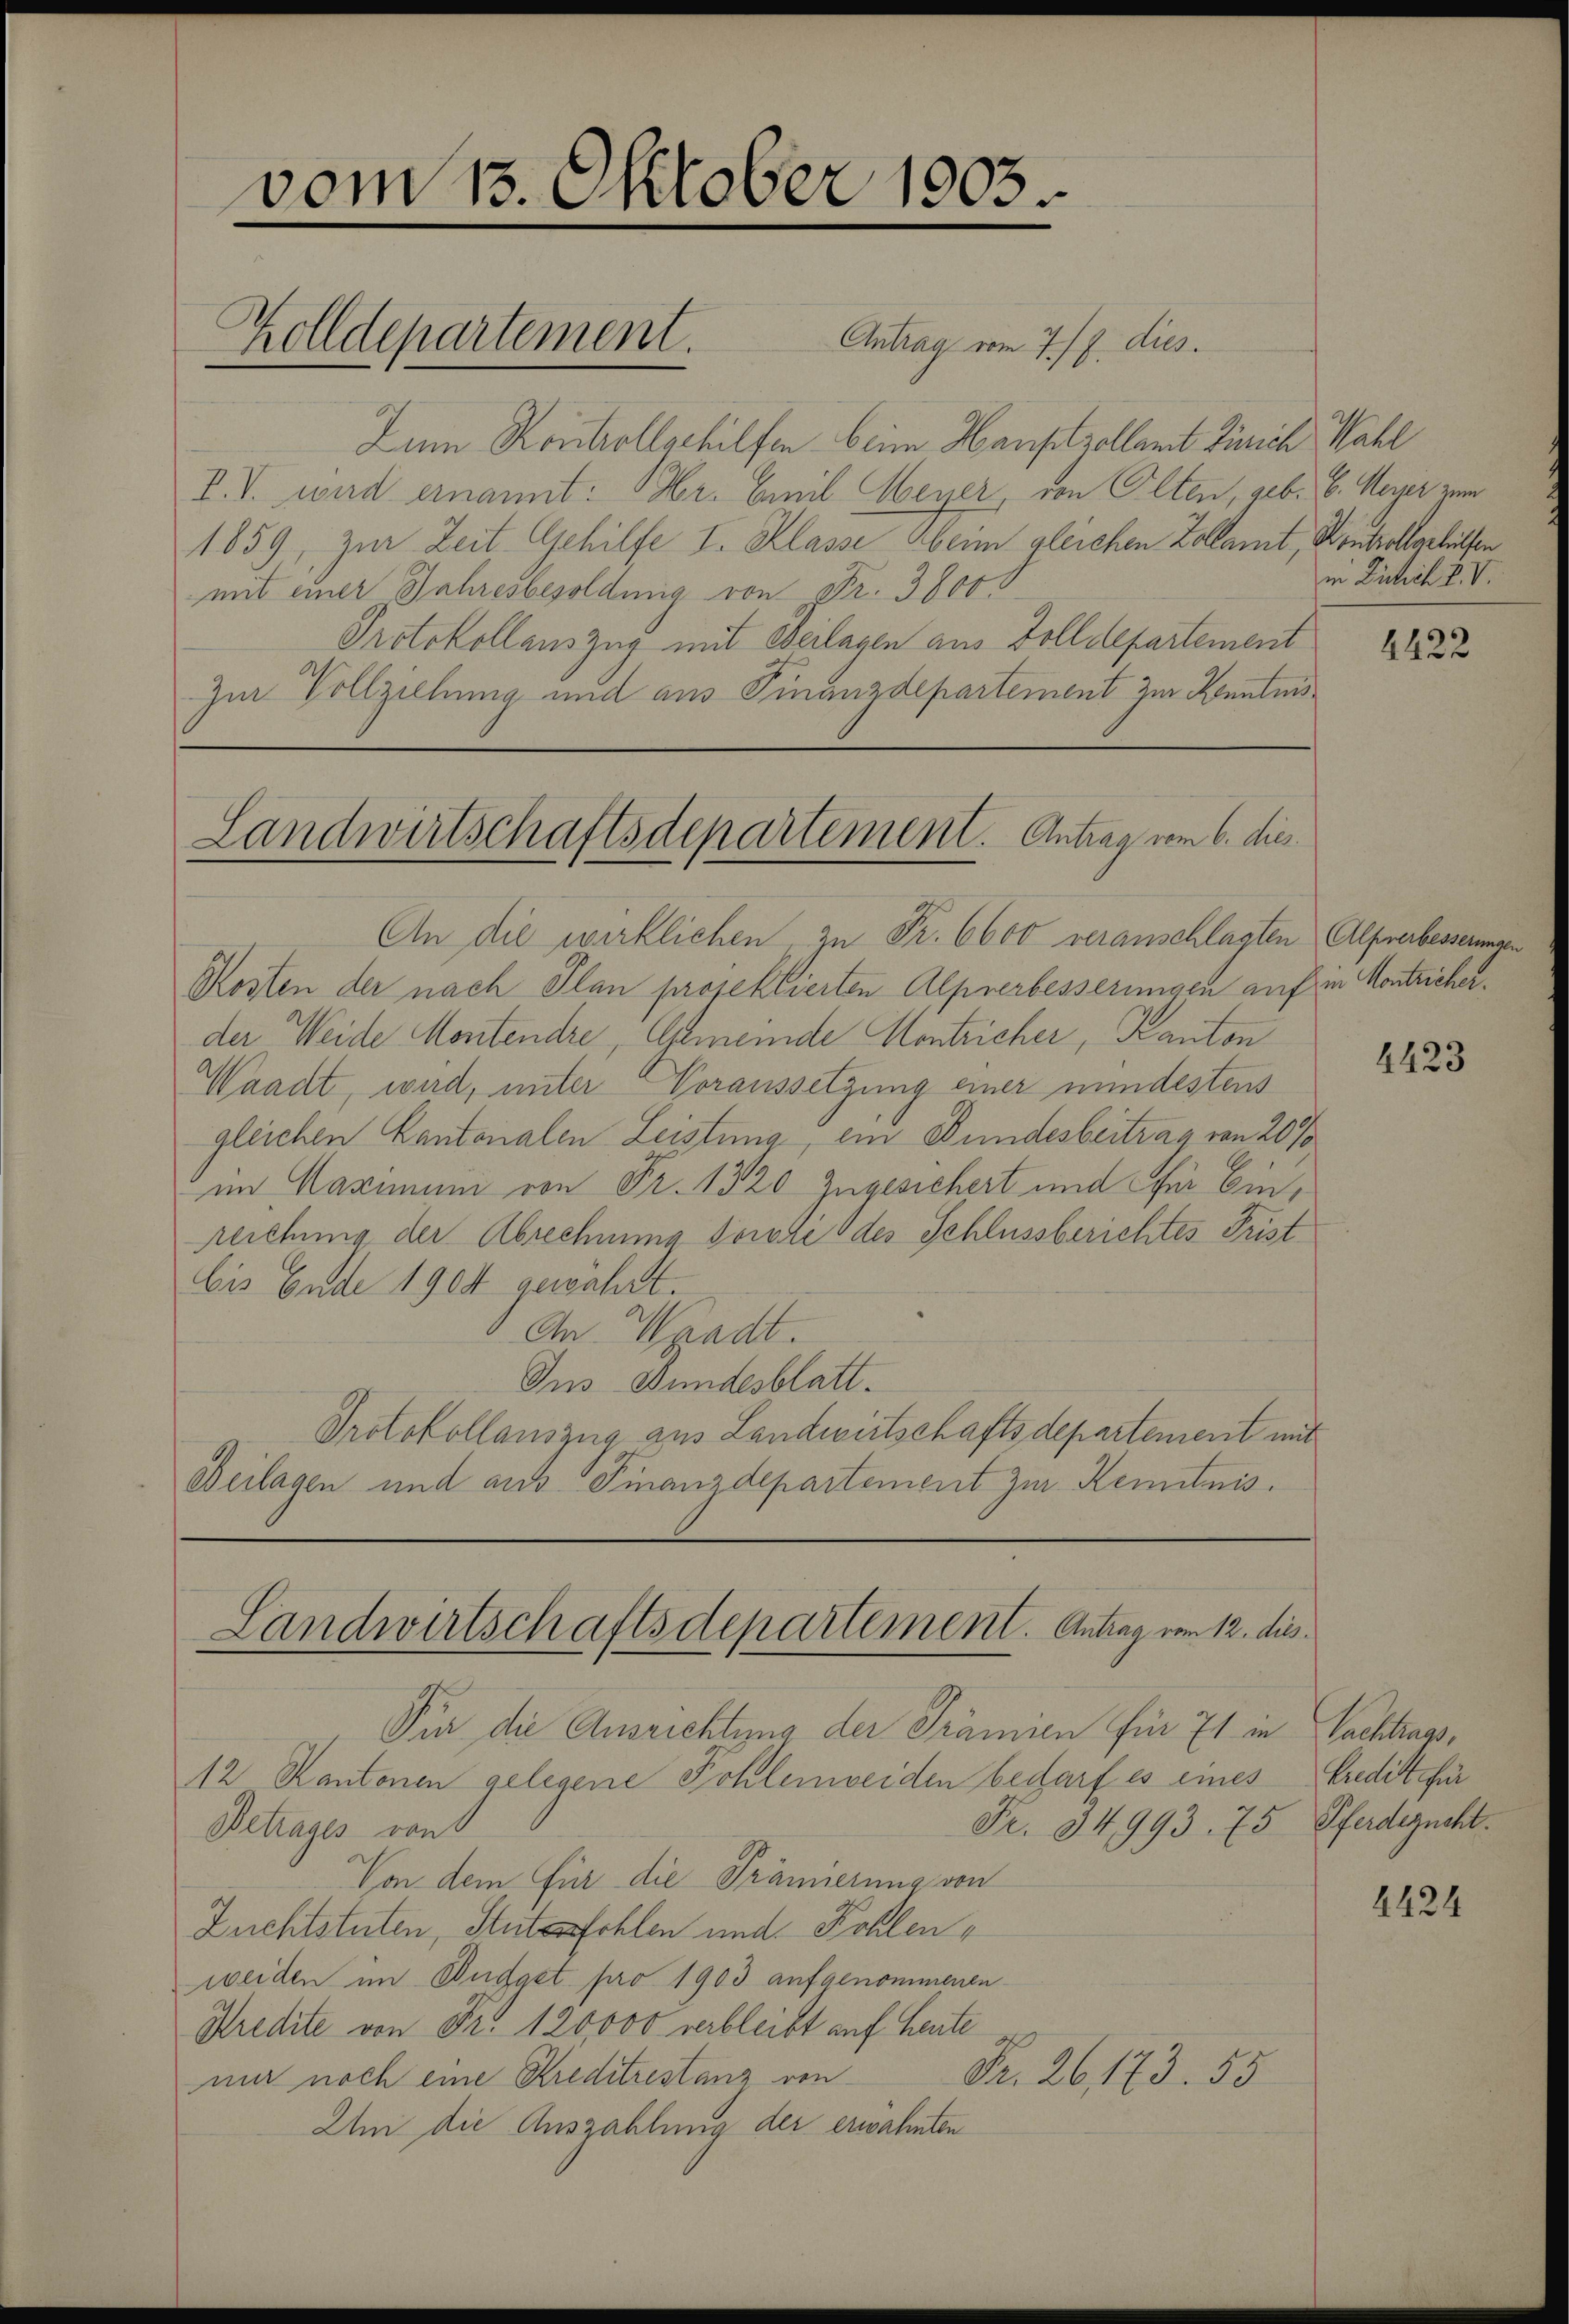
vom 15. Oktober 1903.
.
Zum Kontrollgehilfen beim Hansitzollamt Zürich Wahl
I.V. wird ernannt: Hr. Emil Meyer, von Olten, geb. E. Meyer zum
1859, zur Zeit Gehilfe I. Klasse Aber gleichen Zollamt, Kontroll geleisen
mit einer Jahresbesoldung von Fr. 38000

Protokollauszug mit Beilagen aus Zolldepartement
Zur Vollziehung und aus Finanzdepartement zur Kenntnis

Zolldepartement. Antrag vom 7./9. dies

Landwirtschaftsdepartement. Antrag vom 6. dies

An die wirklichen, zu Fr. 6600 veranschlagten Alfrerbesserungen
Kosten der nach Plan projektierten Alpnerbesserungen auf in Montricherder Weide Montendre, Gemeinde Montricher, Kanton
Waadt, wird, unter Voraussetzung einer mindestens
gleichen Kantonalen Leistung, ein Bundesbeitrag von 20%
im Maximum von Fr. 1320 zugesichert und für Einrleichung der Abrechnung sorore des Schlussberichtes Frist
bis Ende 1904 gewährt.
An Waadt.
Ins Bundesblatt.
Protokollauszug aus Landwirtschaftsdepartement mit
Beilagen und aus Finanzdepartement zur Kenntnis.

Landwirtschaftsdepartement. Antrag vom 12. dies

Für die Ausrichtung der Prämien für 71 in Nachtrags¬
12 Kantonen gelegene Kohlenweiden bedarf es eines Predit für
Fr. 34993. 75 Pferdezucht.
Betrages von
Von dem Für die Prännerung von
Zuchtstuten, Stutes fehlen und Kohlen,
weiden im Budget pro 1903 aufgenommenen
Kredite von Fr. 120000 verbleibt auf heute
Fr. 26, 173. 55
nur noch eine Kreditrestanz von
Um die Auszahlung der erwähnten

in Zusich P. V.

1422

4423

4424